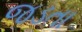
જડતા